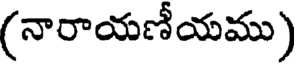
(నారాయణీయము)